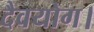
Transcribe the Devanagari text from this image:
दैवयोग।